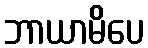
ဘာယာမိပေ